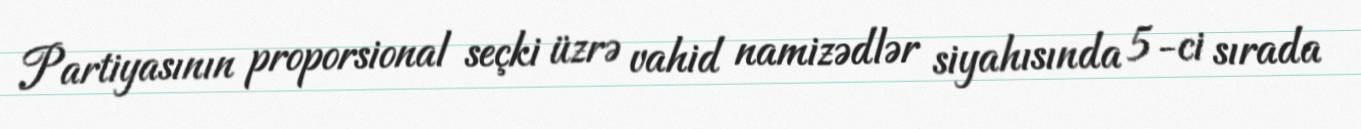
Partiyasının proporsional seçki üzrə vahid namizədlər siyahısında 5-ci sırada